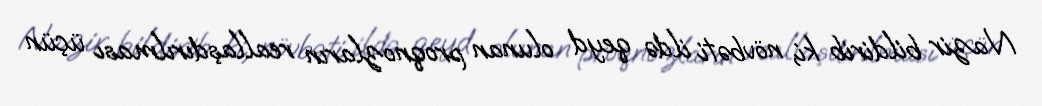
Nazir bildirib ki, növbəti ildə qeyd olunan proqnozların reallaşdırılması üçün